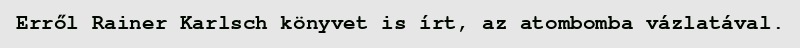
Erről Rainer Karlsch könyvet is írt, az atombomba vázlatával.